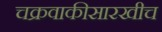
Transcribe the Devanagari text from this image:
चक्रवाकीसारखीच